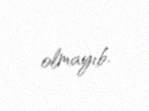
olmayıb.